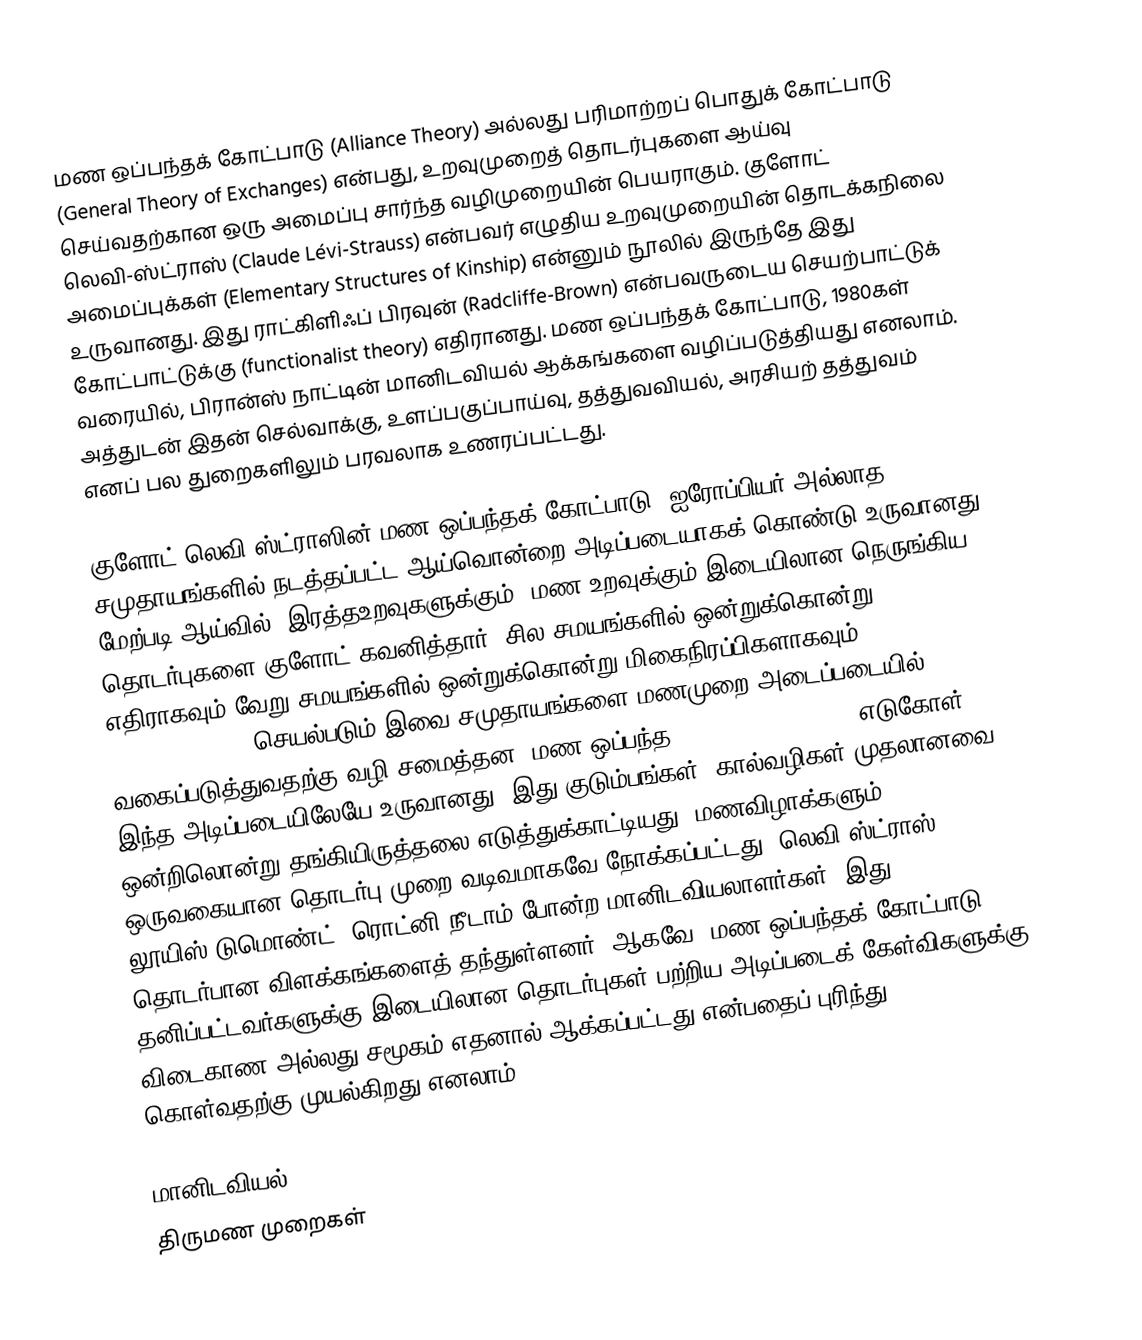
மண ஒப்பந்தக் கோட்பாடு (Alliance Theory) அல்லது பரிமாற்றப் பொதுக் கோட்பாடு (General Theory of Exchanges) என்பது, உறவுமுறைத் தொடர்புகளை ஆய்வு செய்வதற்கான ஒரு அமைப்பு சார்ந்த வழிமுறையின் பெயராகும். குளோட் லெவி-ஸ்ட்ராஸ் (Claude Lévi-Strauss) என்பவர் எழுதிய உறவுமுறையின் தொடக்கநிலை அமைப்புக்கள் (Elementary Structures of Kinship) என்னும் நூலில் இருந்தே இது உருவானது. இது ராட்கிளிஃப் பிரவுன் (Radcliffe-Brown) என்பவருடைய செயற்பாட்டுக் கோட்பாட்டுக்கு (functionalist theory) எதிரானது. மண ஒப்பந்தக் கோட்பாடு, 1980கள் வரையில், பிரான்ஸ் நாட்டின் மானிடவியல் ஆக்கங்களை வழிப்படுத்தியது எனலாம். அத்துடன் இதன் செல்வாக்கு, உளப்பகுப்பாய்வு, தத்துவவியல், அரசியற் தத்துவம் எனப் பல துறைகளிலும் பரவலாக உணரப்பட்டது.

குளோட் லெவி-ஸ்ட்ராஸின் மண ஒப்பந்தக் கோட்பாடு, ஐரோப்பியர் அல்லாத சமுதாயங்களில் நடத்தப்பட்ட ஆய்வொன்றை அடிப்படையாகக் கொண்டு உருவானது. மேற்படி ஆய்வில், இரத்தஉறவுகளுக்கும், மண உறவுக்கும் இடையிலான நெருங்கிய தொடர்புகளை குளோட் கவனித்தார். சில சமயங்களில் ஒன்றுக்கொன்று எதிராகவும் வேறு சமயங்களில் ஒன்றுக்கொன்று மிகைநிரப்பிகளாகவும் (complementary) செயல்படும் இவை சமுதாயங்களை மணமுறை அடைப்படையில் வகைப்படுத்துவதற்கு வழி சமைத்தன. மண ஒப்பந்த (marriage-alliance) எடுகோள் இந்த அடிப்படையிலேயே உருவானது. இது குடும்பங்கள், கால்வழிகள் முதலானவை ஒன்றிலொன்று தங்கியிருத்தலை எடுத்துக்காட்டியது. மணவிழாக்களும், ஒருவகையான தொடர்பு முறை வடிவமாகவே நோக்கப்பட்டது. லெவி-ஸ்ட்ராஸ், லூயிஸ் டுமொண்ட், ரொட்னி நீடாம் போன்ற மானிடவியலாளர்கள், இது தொடர்பான விளக்கங்களைத் தந்துள்ளனர். ஆகவே, மண ஒப்பந்தக் கோட்பாடு, தனிப்பட்டவர்களுக்கு இடையிலான தொடர்புகள் பற்றிய அடிப்படைக் கேள்விகளுக்கு விடைகாண அல்லது சமூகம் எதனால் ஆக்கப்பட்டது என்பதைப் புரிந்து கொள்வதற்கு முயல்கிறது எனலாம்.

மானிடவியல்
திருமண முறைகள்